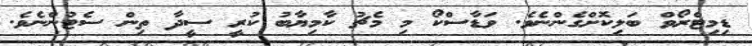
ޑިމިޓްރޯވް ބަލިކޮށްގެންނެވެ. ވަޑާސްކޯ މި މެޗު ކާމިޔާބު ކުރީ ސީދާ ތިން ސެޓުންނެވެ.